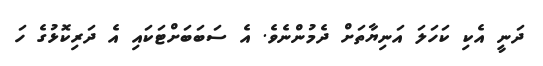
ދަނީ އެކި ކަހަލަ އަނިޔާތަށް ދެމުންނެވެ. އެ ސަބަބަށްޓަކައި އެ ދަރިކޮޅުގެ ހަ